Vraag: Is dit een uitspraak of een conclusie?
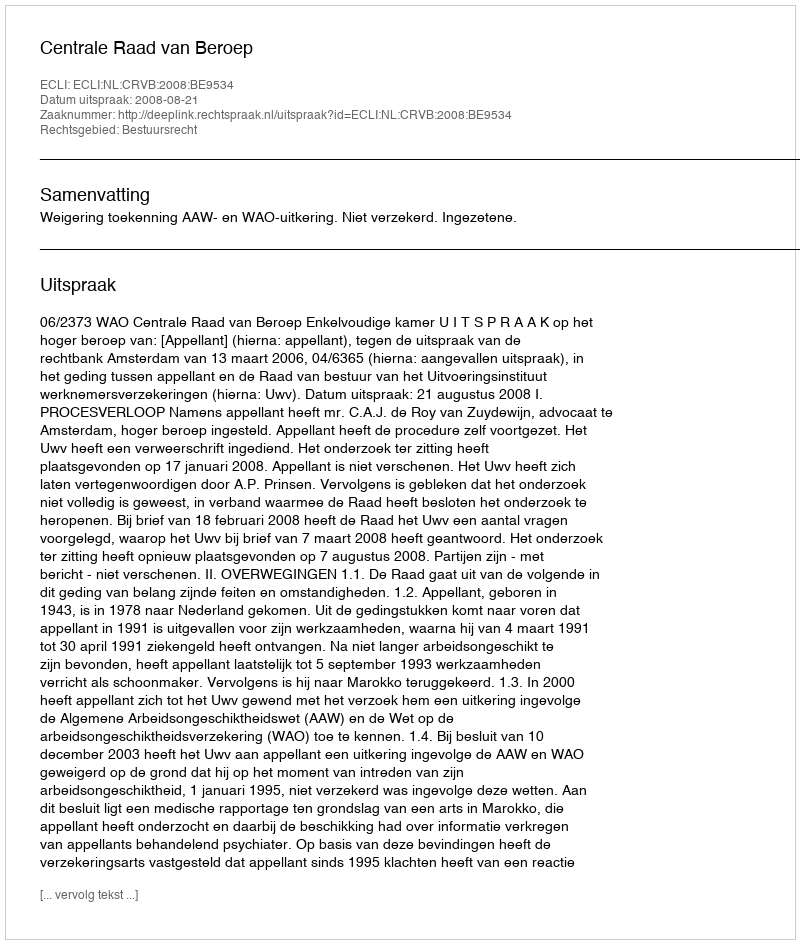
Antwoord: Uitspraak